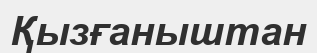
Қызғаныштан